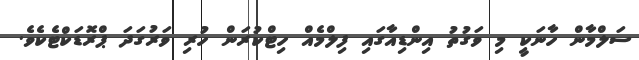
ސަލްމާން ހާނަކީ މި ވަގުތު އިންޑިއާގައި ފިލްމެއް ހިޓްކުރަން ހުރި ވަރުގަދަ ޕްރޮޑަކްޓެކެވެ.